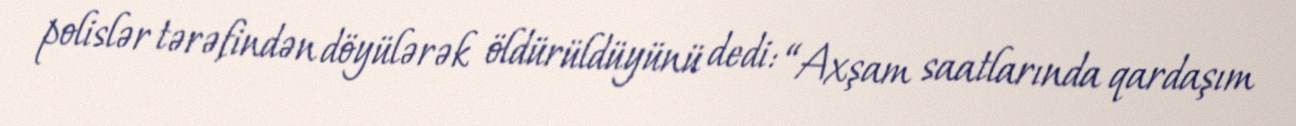
polislər tərəfindən döyülərək öldürüldüyünü dedi: “Axşam saatlarında qardaşım